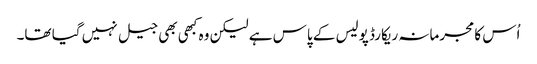
اُس کا مجرمانہ ریکارڈ پولیس کے پاس ہے لیکن وہ کبھی بھی جیل نہیں گیا تھا۔